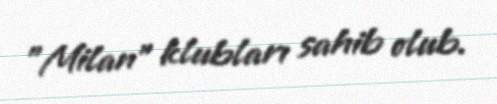
"Milan" klubları sahib olub.